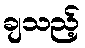
ချသည့်